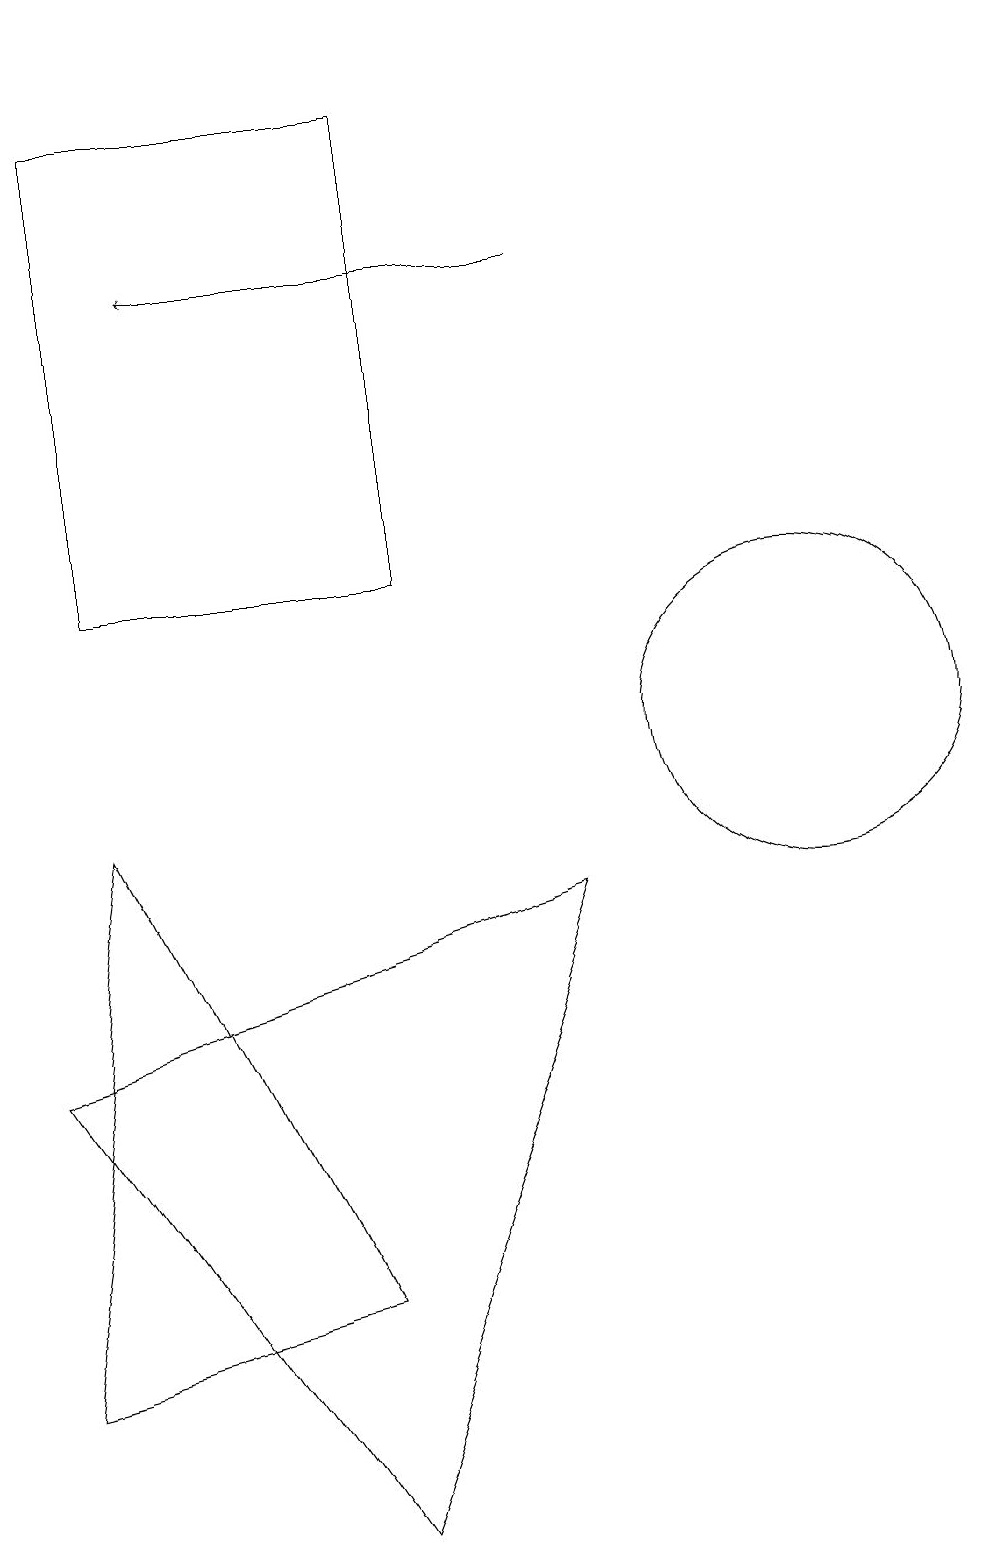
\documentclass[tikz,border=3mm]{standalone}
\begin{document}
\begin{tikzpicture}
\draw[->] (7,16) -- (2,16);
\draw (1,9) -- (4,3) -- (0,2) -- cycle;
\draw (0,19) rectangle (0,19);
\draw (1,18) rectangle (5,12);
\draw (10,10) circle (2);
\draw (0,6) -- (4,0) -- (7,8) -- cycle;
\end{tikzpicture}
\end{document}